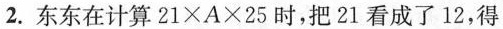
2.东东在计算21\timesA \times 25时，把21看成了12，得